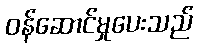
ဝန်ဆောင်မှုပေးသည်